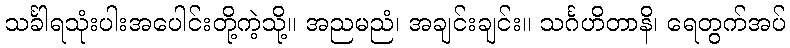
သင်္ခါရသုံးပါးအပေါင်းတို့ကဲ့သို့။ အညမညံ၊ အချင်းချင်း။ သင်္ဂဟိတာနိ၊ ရေတွက်အပ်